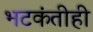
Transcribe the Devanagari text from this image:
भटकंतीही